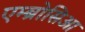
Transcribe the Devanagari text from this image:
एम्ब्रोसिआ